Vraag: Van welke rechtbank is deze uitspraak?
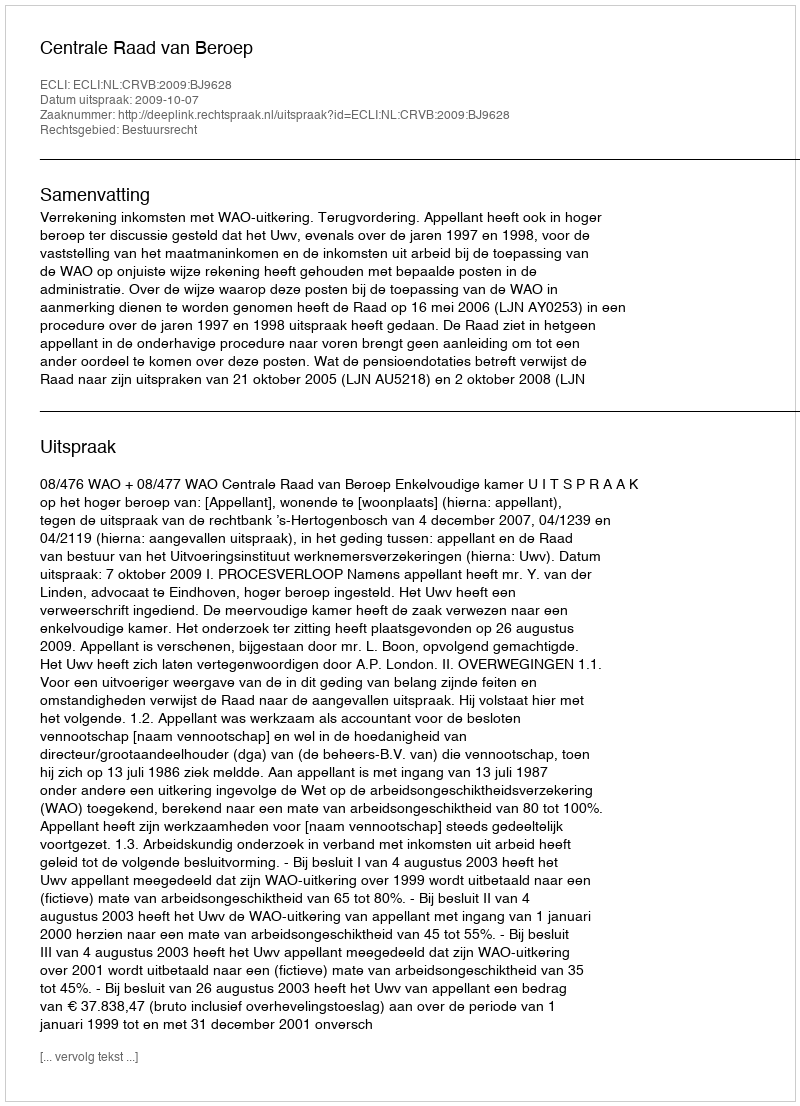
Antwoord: Centrale Raad van Beroep